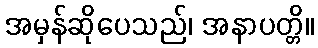
အမှန်ဆိုပေသည်၊ အနာပတ္တိ။